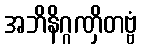
အဘိနိဂ္ဂဏှိတဗ္ဗံ